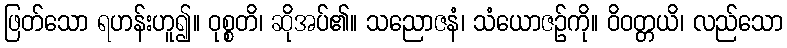
ဖြတ်သော ရဟန်းဟူ၍။ ဝုစ္စတိ၊ ဆိုအပ်၏။ သညောဇနံ၊ သံယောဇဉ်ကို။ ဝိဝတ္တယိ၊ လည်သော